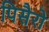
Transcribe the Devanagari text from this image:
पिसैरो